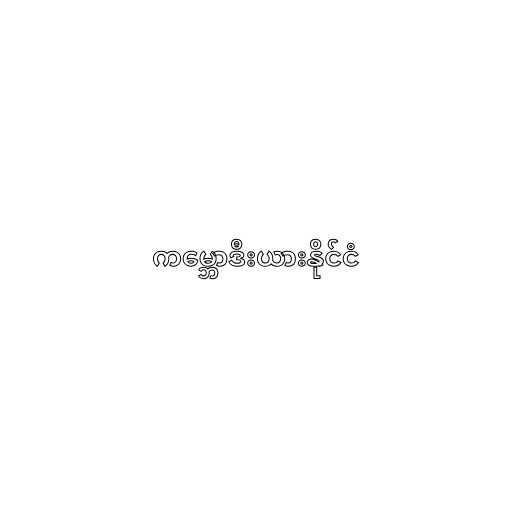
ကမ္ဘောဒီးယားနိုင်ငံ